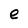
Character: e